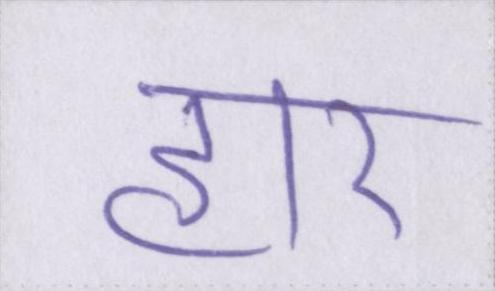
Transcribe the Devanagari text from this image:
हार